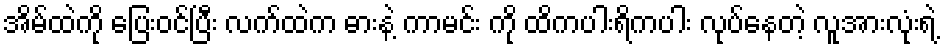
အိမ်ထဲကို ပြေးဝင်ပြီး လက်ထဲက ဓားနဲ့ ကာမင်း ကို ထိကပါးရိကပါး လုပ်နေတဲ့ လူအားလုံးရဲ့